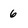
Character: 6